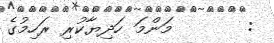
:       މަންމަ ހަދިޔާކުރި ރަހިމުގެ